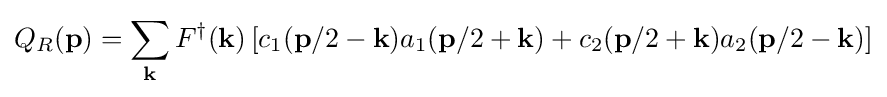
Q_{R}(\mathbf {p} )=\sum _{\mathbf {k} }F^{\dagger }(\mathbf {k} )\left[c_{1}(\mathbf {p} /2-\mathbf {k} )a_{1}(\mathbf {p} /2+\mathbf {k} )+c_{2}(\mathbf {p} /2+\mathbf {k} )a_{2}(\mathbf {p} /2-\mathbf {k} )\right]